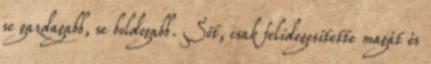
se gazdagabb, se boldogabb. Sőt, csak felidegesítette magát és